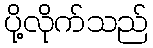
ပို့လိုက်သည်